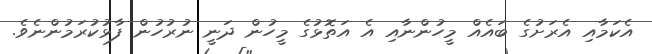
އެކަމާއި އެރަށުގެ ބައެއް މީހުންނާއި އެ އަތޮޅުގެ މީހުން ދަނީ ނުރުހުން ފާޅުކުރަމުންނެވެ.